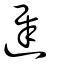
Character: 遟